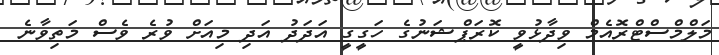
މަލްމްސްޓްރޮއެމް ވިދާޅުވީ ކޮރަޕްޝަނުގެ ހަގީގީ އަދަދު އަދި މިއަށް ވުރެ ވެސް މަތިވާނެ